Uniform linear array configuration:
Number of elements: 8
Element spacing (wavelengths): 0.25
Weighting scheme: binomial
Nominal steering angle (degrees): -15
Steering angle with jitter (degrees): -15.878
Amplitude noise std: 0.05
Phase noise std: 0.05

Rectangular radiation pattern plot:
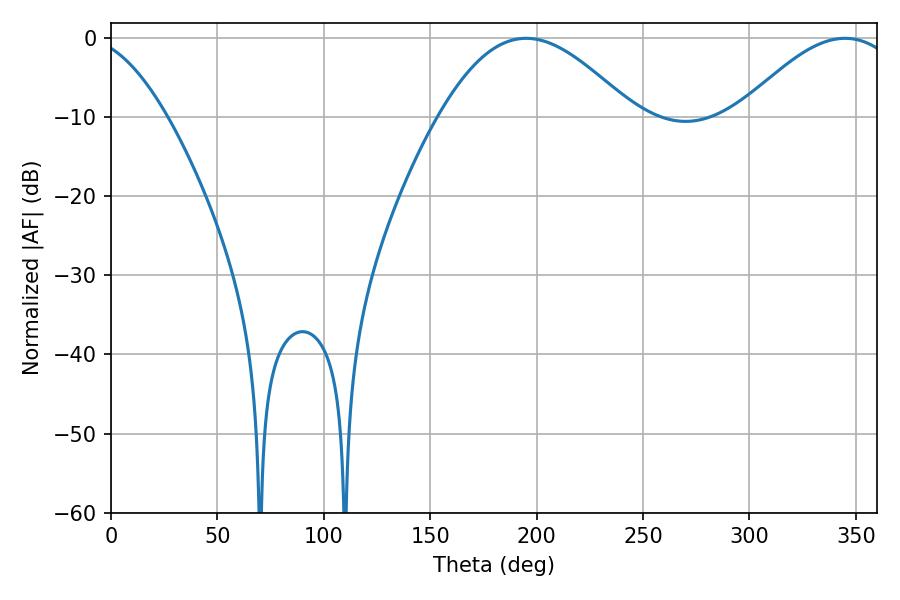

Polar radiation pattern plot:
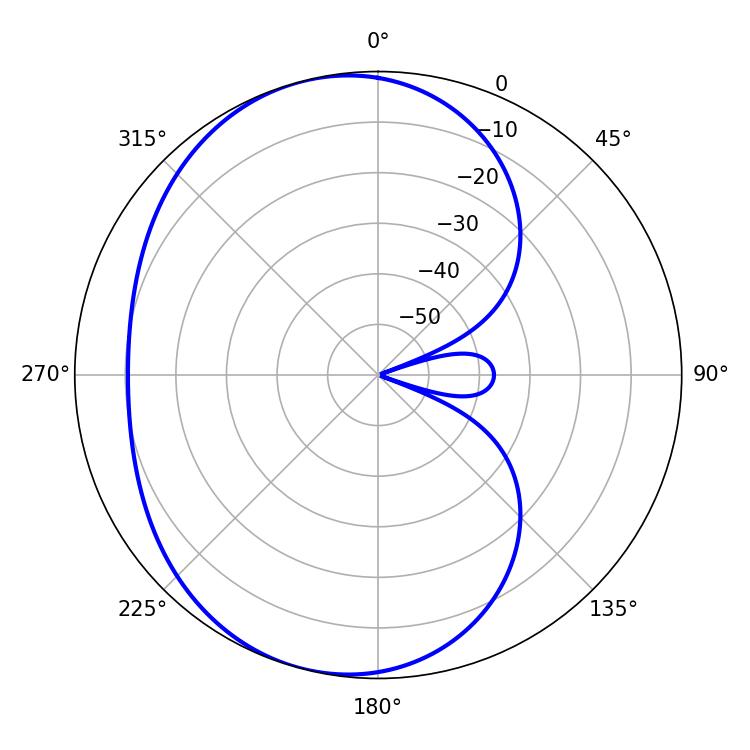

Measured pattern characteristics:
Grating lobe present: FALSE
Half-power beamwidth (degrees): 49.14
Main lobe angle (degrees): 195.12